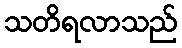
သတိရလာသည်